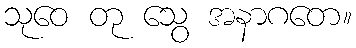
သုဝေ တု သွေ အနာဂတေ။